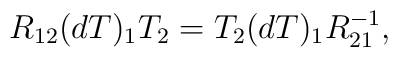
R_{12}(dT)_{1}T_{2}=T_{2}(dT)_{1}R_{21}^{-1},